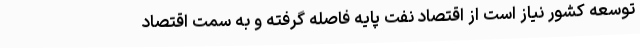
توسعه کشور نیاز است از اقتصاد نفت پایه فاصله گرفته و به سمت اقتصاد